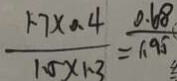
\frac { 1 . 7 \times 0 . 4 } { 1 . 5 \times 1 . 3 } = \frac { 0 . 6 8 } { 1 . 9 5 }